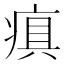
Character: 𤷢